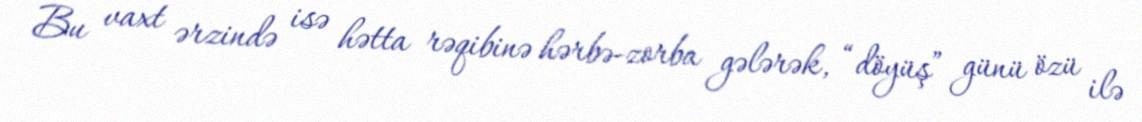
Bu vaxt ərzində isə hətta rəqibinə hərbə-zorba gələrək, “döyüş” günü özü ilə